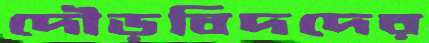
দৌড়বিদদের